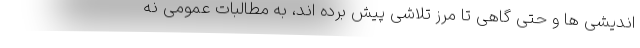
اندیشی ها و حتی گاهی تا مرز تلاشی پیش برده اند، به مطالبات عمومی نه